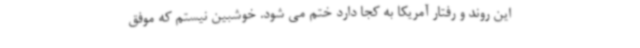
این روند و رفتار آمریکا به کجا دارد ختم می شود. خوشبین نیستم که موفق